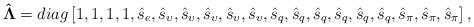
LaTeX: \begin{align*}{\bf{\hat \Lambda }} = diag\left[ {1,1,1,1,{{\hat s}_e},{{\hat s}_\upsilon },{{\hat s}_\upsilon },{{\hat s}_\upsilon },{{\hat s}_\upsilon },{{\hat s}_\upsilon },{{\hat s}_q},{{\hat s}_q},{{\hat s}_q},{{\hat s}_q},{{\hat s}_q},{{\hat s}_q},{{\hat s}_\pi },{{\hat s}_\pi },{{\hat s}_\pi }} \right],\end{align*}